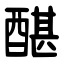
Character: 䤁